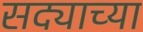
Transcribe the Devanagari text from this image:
सद्याच्या